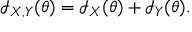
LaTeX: { \mathcal { I } } _ { X , Y } ( \theta ) = { \mathcal { I } } _ { X } ( \theta ) + { \mathcal { I } } _ { Y } ( \theta ) .